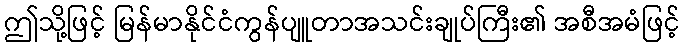
ဤသို့ဖြင့် မြန်မာနိုင်ငံကွန်ပျူတာအသင်းချုပ်ကြီး၏ အစီအမံဖြင့်